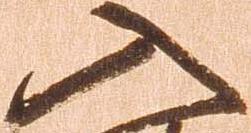
入